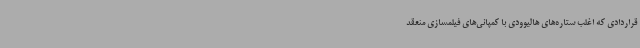
قراردادی که اغلب ستاره‌های هالیوودی با کمپانی‌های فیلمسازی منعقد